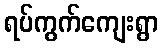
ရပ်ကွက်ကျေးရွာ